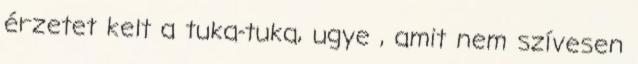
érzetet kelt a tuka-tuka, ugye , amit nem szívesen